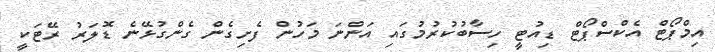
އިމްޕޯޓް އެކްސްޕޯޓް ޑިއުޓީ ހިސާބުކުރުމުގައި އަންނަ މަހުން ފެށިގެން ގެންގުޅޭނެ ޑޮލަރު ރޭޓަކީ